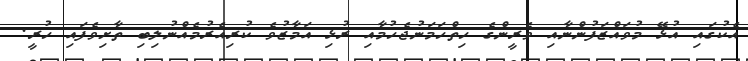
އެކުގައި އުޅޭ މުވައްޒަފުންނާއި ވެރީންގެ ހިތްހަމަނުޖެހުމާއި ރުޅި އަމާޒުވެ ކުރިއެރުމެއްނުލިބި ތާށިވެފައި ހުރީ.